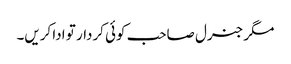
مگر جنرل صاحب کوئی کردار تو ادا کریں۔